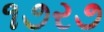
૧૭ર૭